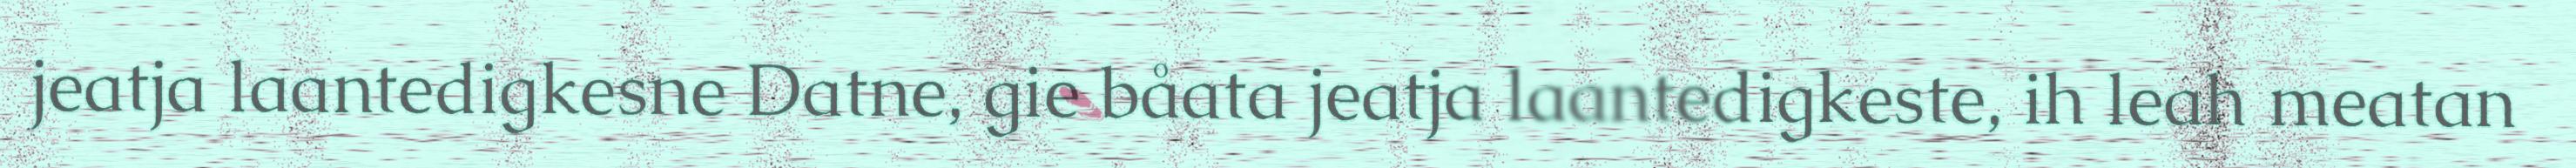
jeatja laantedigkesne Datne, gie båata jeatja laantedigkeste, ih leah meatan